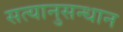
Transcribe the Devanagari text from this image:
सत्यानुसन्धान